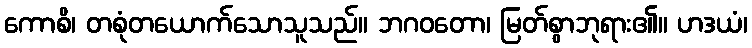
ကောစိ၊ တစုံတယောက်သောသူသည်။ ဘဂဝတော၊ မြတ်စွာဘုရား၏။ ဟဒယံ၊